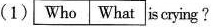
(1) Who What is crying?